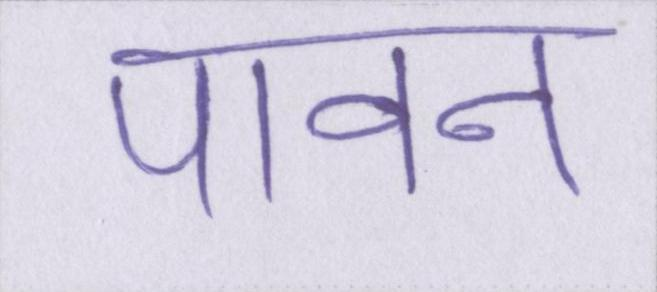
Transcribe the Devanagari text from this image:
पावन